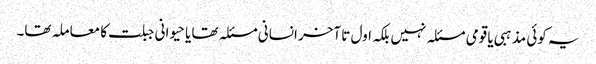
یہ کوئی مذہبی یا قومی مسئلہ نہیں بلکہ اول تا آخر انسانی مسئلہ تھا یا حیوانی جبلت کا معاملہ تھا۔